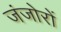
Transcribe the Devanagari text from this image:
जंजोरों